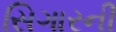
સિગારની